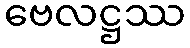
ဗေလဋ္ဌဿ